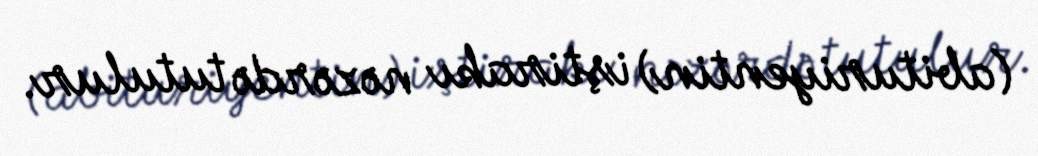
(abituriyentin) iştirakı nəzərdə tutulur.